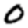
Digit: 0